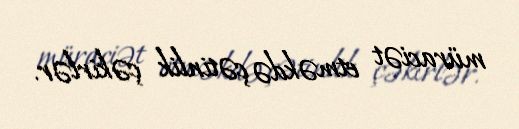
müraciət etməkdə çətinlik çəkirlər.